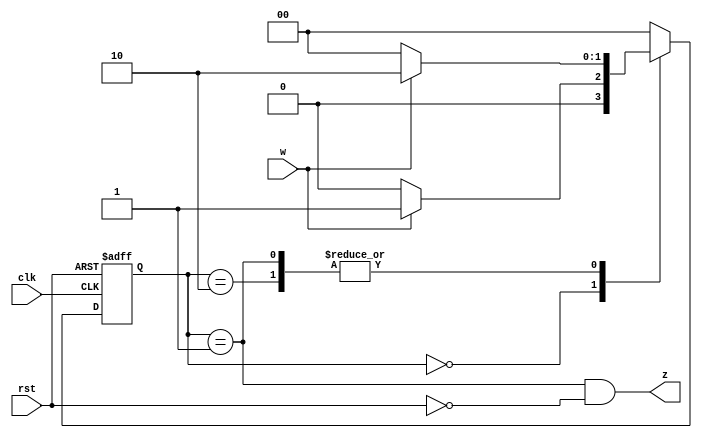
module RisingEdge (
    input  clk,
    rst,
    w,
    output z
);
  reg [1:0] state, nextState;
  parameter [1:0] A = 2'b00, B = 2'b01, C = 2'b10;  // States Encoding
  // Next state generation (combinational logic)
  always @(w or state)
    case (state)
      A:
      if (w == 0) nextState = A;
      else nextState = B;
      B:
      if (w == 0) nextState = A;
      else nextState = C;
      C:
      if (w == 0) nextState = A;
      else nextState = C;
      default: nextState = A;
    endcase
  // State register
  // Update state FF's with the triggering edge of the clock
  always @(posedge clk or posedge rst) begin
    if (rst) state <= A;
    else state <= nextState;
  end
  // output generation (combinational logic)
  assign z = (state == B && rst == 0);
endmodule  // end RisingEdge